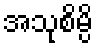
အသုစိမ္ပိ